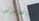
ياعزيزتي